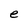
Character: e